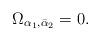
LaTeX: \begin{align*}\Omega_{\alpha_1,\bar{\alpha}_2}=0.\end{align*}